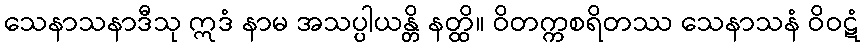
သေနာသနာဒီသု ဣဒံ နာမ အသပ္ပါယန္တိ နတ္ထိ။ ဝိတက္ကစရိတဿ သေနာသနံ ဝိဝဋံ